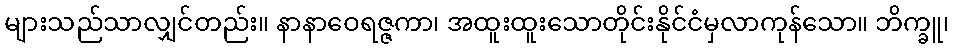
များသည်သာလျှင်တည်း။ နာနာဝေရဇ္ဇကာ၊ အထူးထူးသောတိုင်းနိုင်ငံမှလာကုန်သော။ ဘိက္ခူ၊